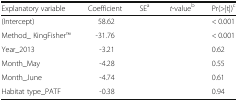
<table><thead><tr><td><b>Explanatory variable</b></td><td><b>Coefficient</b></td><td><b>SE<sup>a</sup></b></td><td><b><i>t</i>-value<sup>b</sup></b></td><td><b>Pr(&gt;|t|)<sup>c</sup></b></td></tr></thead><tbody><tr><td>(Intercept)</td><td>58.62</td><td>[EMPTY_CELL]</td><td>[EMPTY_CELL]</td><td>&lt; 0.001</td></tr><tr><td>Method_ KingFisherTM</td><td>-31.76</td><td>[EMPTY_CELL]</td><td>[EMPTY_CELL]</td><td>&lt; 0.001</td></tr><tr><td>Year_2013</td><td>-3.21</td><td>[EMPTY_CELL]</td><td>[EMPTY_CELL]</td><td>0.62</td></tr><tr><td>Month_May</td><td>-4.28</td><td>[EMPTY_CELL]</td><td>[EMPTY_CELL]</td><td>0.55</td></tr><tr><td>Month_June</td><td>-4.74</td><td>[EMPTY_CELL]</td><td>[EMPTY_CELL]</td><td>0.61</td></tr><tr><td>Habitat type_PATF</td><td>-0.38</td><td>[EMPTY_CELL]</td><td>[EMPTY_CELL]</td><td>0.94</td></tr></tbody></table>